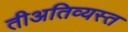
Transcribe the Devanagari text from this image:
तीअतिव्यस्त